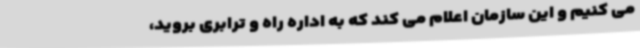
می کنیم و این سازمان اعلام می کند که به اداره راه و ترابری بروید،